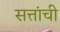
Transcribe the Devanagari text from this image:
सत्तांची